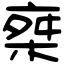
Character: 椉